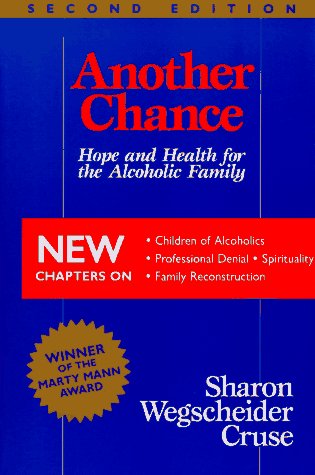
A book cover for Another Chance: Hope and Health for the Alcoholic Family; Sharon Wegscheider-Cruse; Parenting & Relationships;